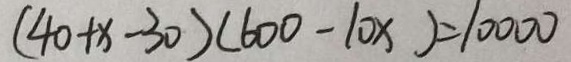
( 4 0 + x - 3 0 ) ( 6 0 0 - 1 0 x ) = 1 0 0 0 0